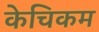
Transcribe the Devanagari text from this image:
केचिकम